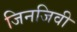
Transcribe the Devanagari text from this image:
जिनजिवी